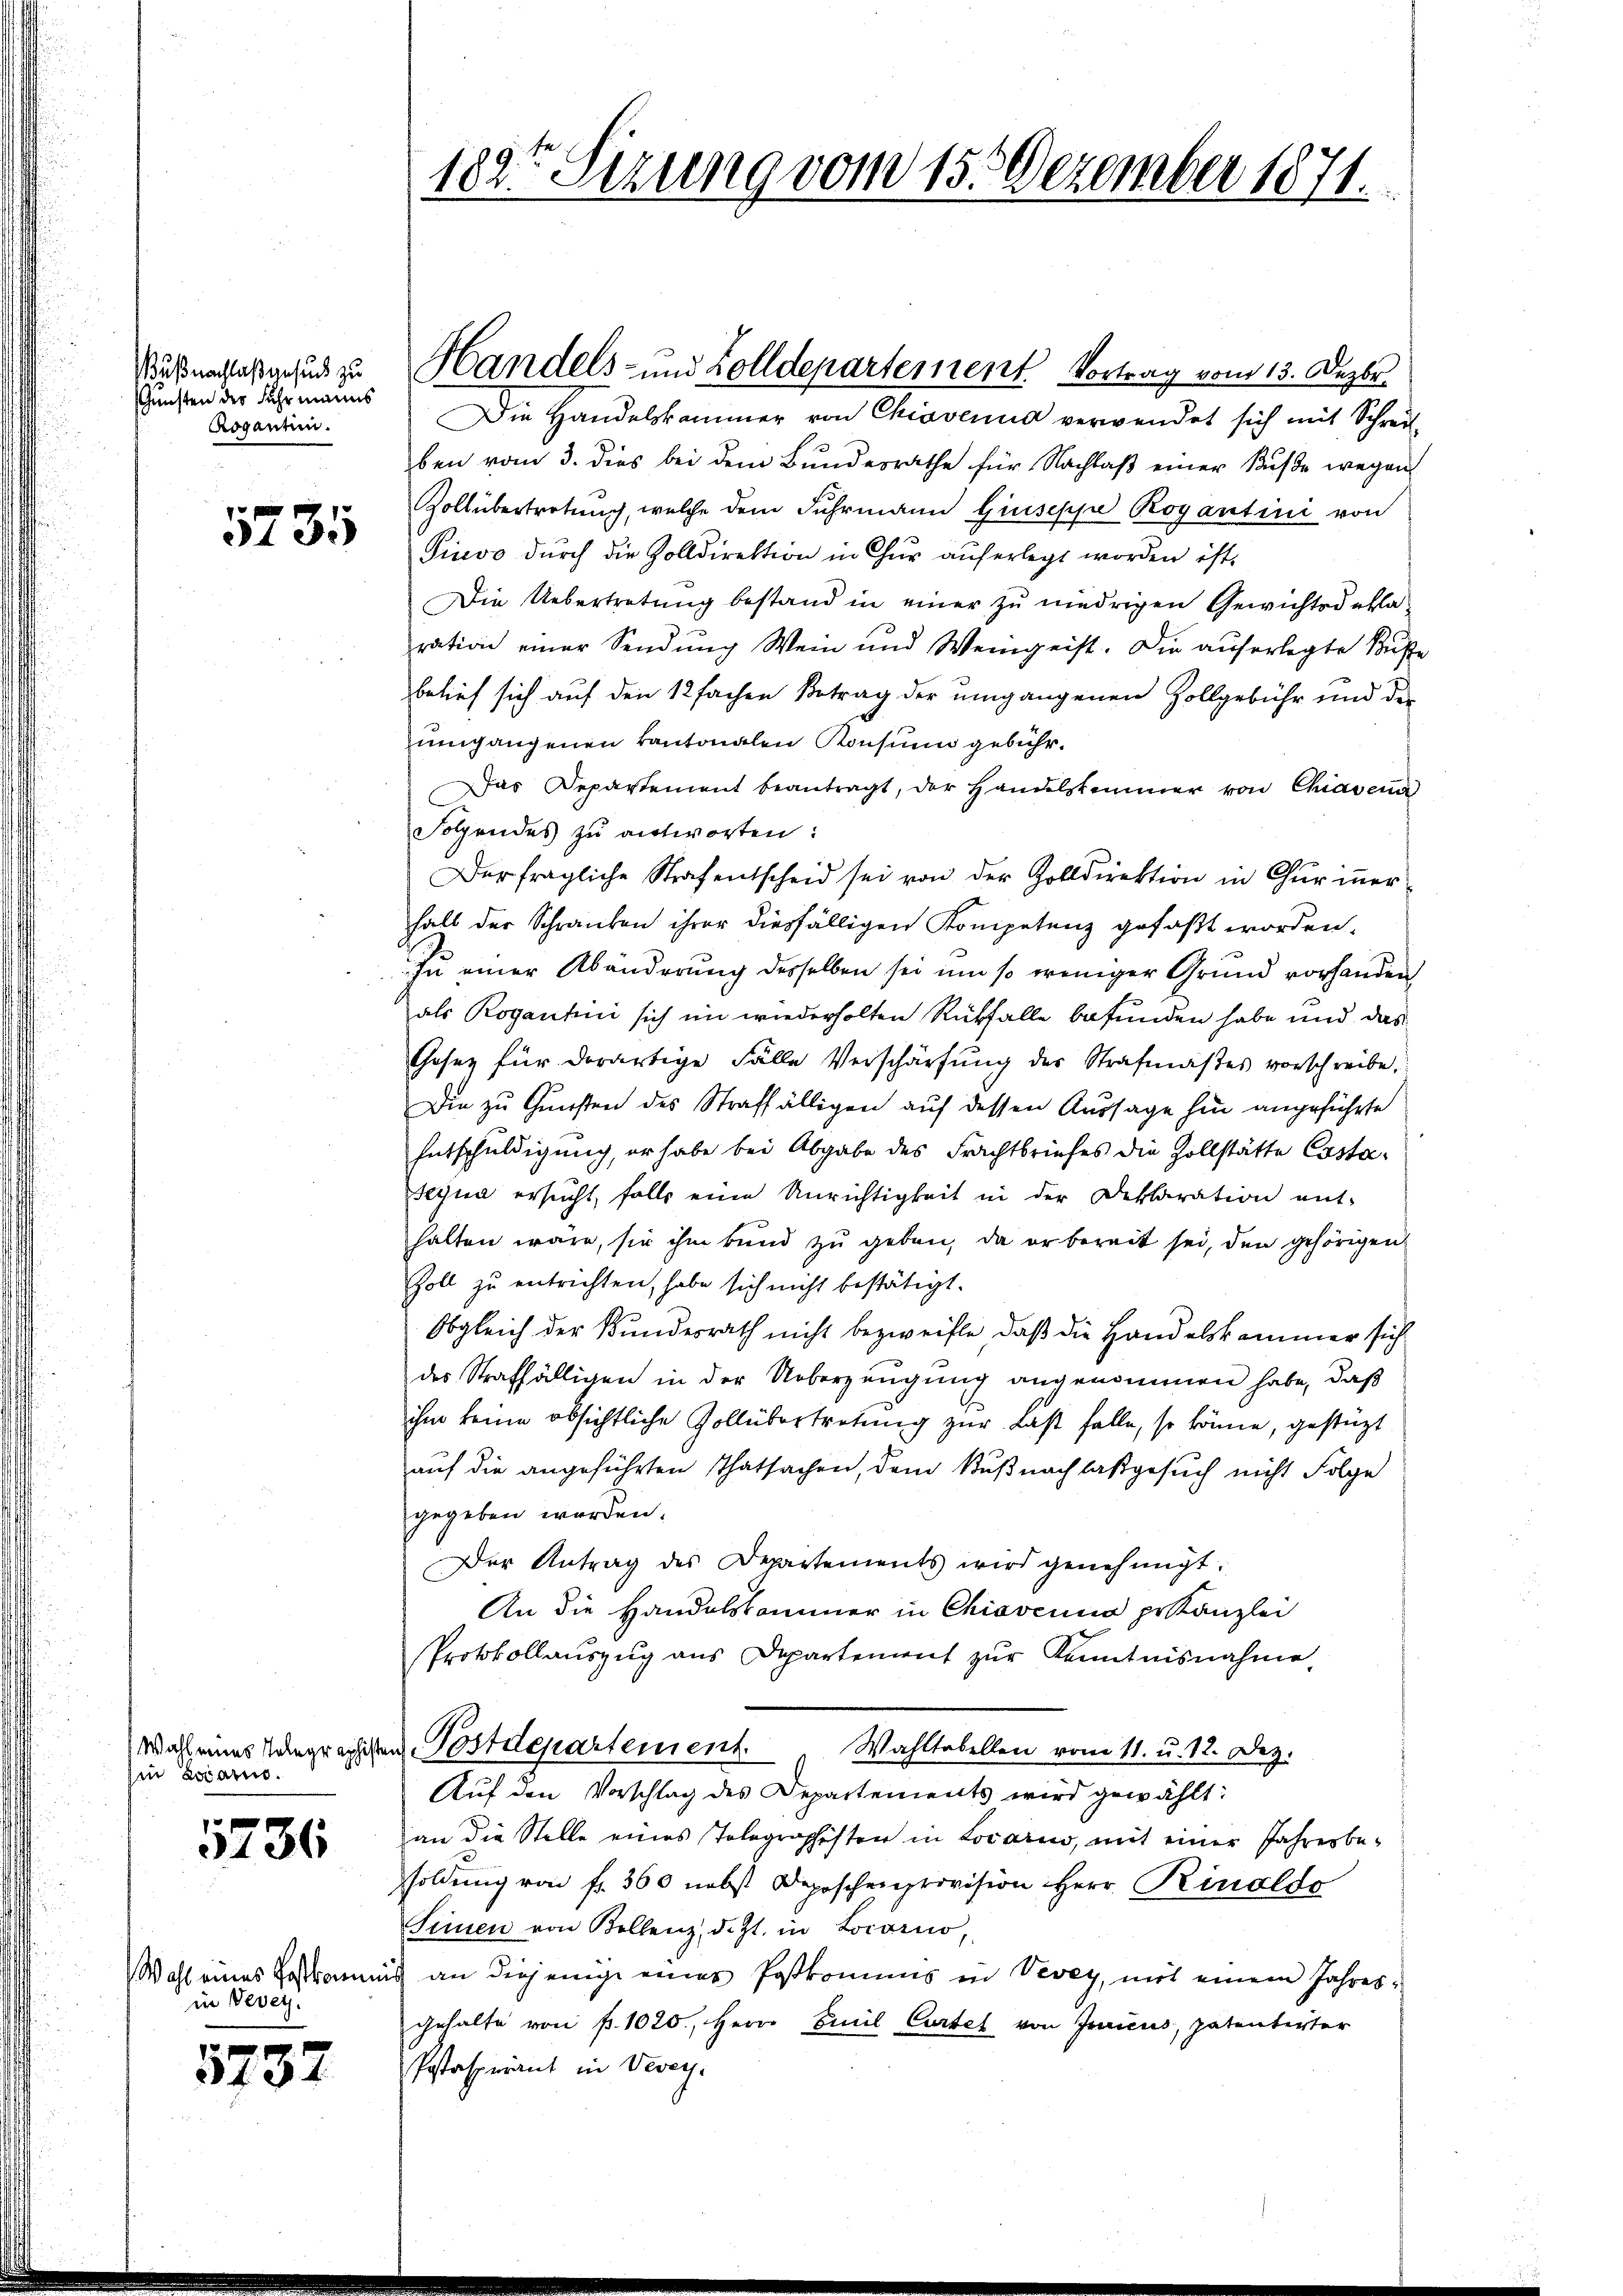
ußnachlaß gesuch zu
Gunsten der Fuhrmanns
Rogantum.

5735

sin Locario.

5736

in Vevey.

5732

Die Handelskammer von Chiavenus verwendet sich mit Schreiben vom 3. dies bei dem Bundesrathe für Nachlaß einer Buße wegen
Zoll übertretung, welche dem Fuhrmann Giuseppe Rogantini von
Pivo durch die Zolldirektion in Chur auferlegt worden ist.
Die Uebertretung bestand in einer zu niedrigen Gewichtsdeklaration einer Sendung Wein und Weingeist. Die auferlegte Buße
belief sich auf den 12fachen Betrag der umgangenen Zollgebühr und der
umgangenen kantonalen Konsium gebühr.
Das Departement beantragt, der Handelskammer von Chiavena
Folgendes zu antworten:
Der fragliche Straf entscheid sei von der Zolldirektion in Chur inner
halb der Schranken ihrer diesfälligen Kompetenz gefaßt worden.
zu einer Abänderung desselben sei um so weniger Grund vorhanden
als Rogantini sich im wiederholten Rückfalle befunden habe und das
Gesez für derartige Fälle Verschärfung der Strafmaßes vorschreibe.
Die zu Gunsten des Straffälligen auf dessen Aussage hin angeführte
Entschuldigung, er habe bei Abgabe des Frachtbriefes die Zollstätte Casta¬
Begna ersucht, falls eine Unrichtigkeit in der Deklaration ent-
halten wäre, sie ihm kund zu geben, da er bereit sei, den gehörigen
Zoll zu entrichten, habe sich nicht bestätigt.
Obgleich der Bundesrath nicht bezweifle, daß die Handelskammer sich
des Straffälligen in der Ueberzeugung angenommen habe, daß
ihm keine absichtliche Zollübertretung zur Last falle, so könne, gestüzt
auf die angeführten Thatsachen, dem Küßnachlasgesuch nicht Folge
gegeben worden.
Der Antrag des Departements wird genehmigt.
An die Handelskommer in Chiavenia pr Kanzlei
Protokollauszug aus Departement zur Kenntnisnahme,
Wahl eines Telegraphisten Postdepartement.
Wahltabellen vom 11. u. 12. Dez.
Aŭf den Vorschlag des Departements wird gewählt:
an die Stelle eines Tolegraphisten in Locario, mit einer Jahresbesoldung von fr. 360 nebst Deposchenprovision Herr Rinaldo
Sinen von Kollenz, d. Zt. in Locarno,
Wahl eines Festkommis an diejenige einer Postkommis in Vevey, mit einem Jahresgehalte von fr. 1020., Herr Emil Curtel von Jenicus, patenterter
Pestaspirant in Vevey.

182t Sizung vom 15. Dezember 1871.

Handels- und Zolldepartement Vortrag vom 13. Dezbr.